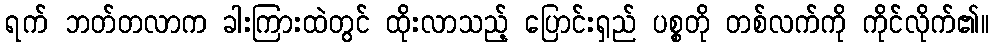
ရက် ဘတ်တလာက ခါးကြားထဲတွင် ထိုးလာသည့် ပြောင်းရှည် ပစ္စတို တစ်လက်ကို ကိုင်လိုက်၏။